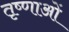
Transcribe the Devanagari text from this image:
तृष्णाओं